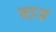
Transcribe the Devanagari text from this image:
चाङ